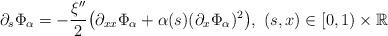
LaTeX: \begin{align*}\partial_s\Phi_{ \alpha}=-\frac{ \xi''}{2}\bigl(\partial_{xx}\Phi_{ \alpha}+\alpha(s)(\partial_x\Phi_{ \alpha})^2\bigr),\,\,(s,x)\in[0,1)\times \mathbb{R}\end{align*}